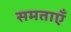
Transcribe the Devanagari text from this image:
समताएँ